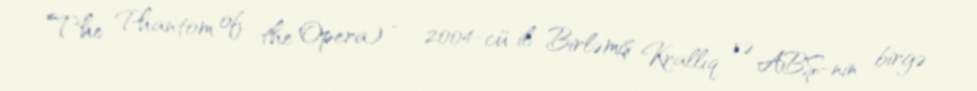
The Phantom of the Opera) — 2004-cü il Birləmiş Krallıq və ABŞ-nin birgə